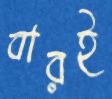
বারই